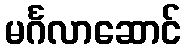
မင်္ဂလာဆောင်